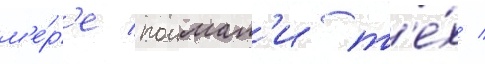
м'е́р'е поимал'и т'е́х /